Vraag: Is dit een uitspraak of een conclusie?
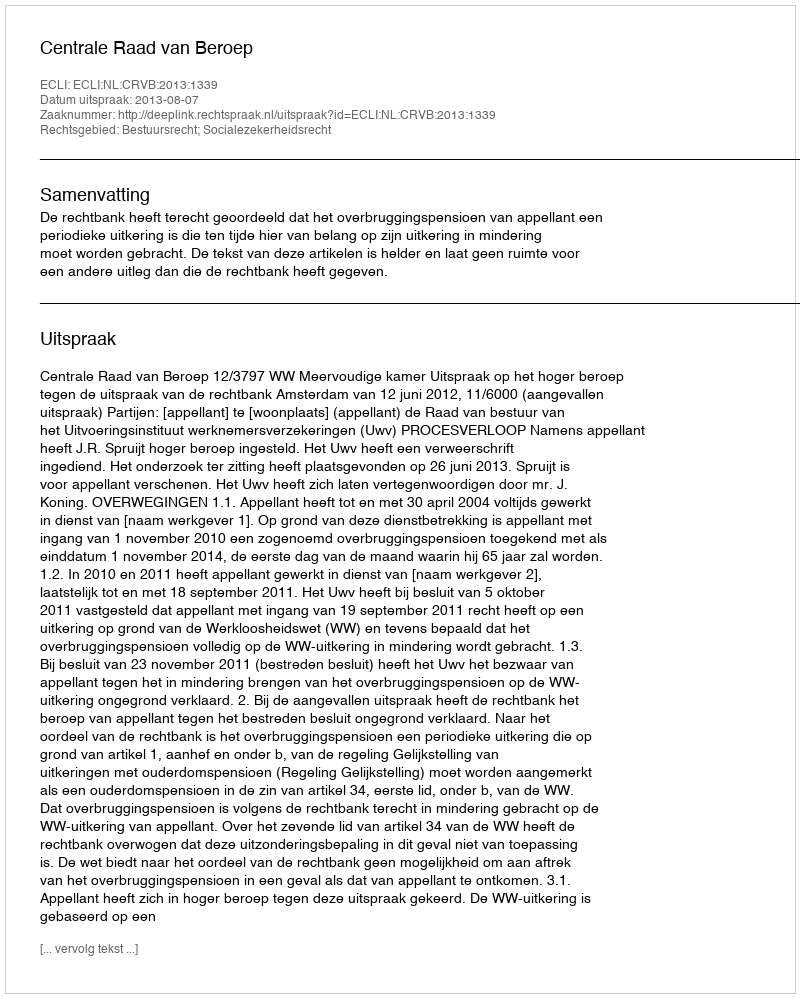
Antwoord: Uitspraak